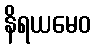
နိရယမေဝ